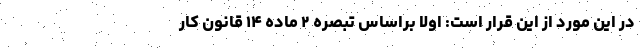
در این مورد از این قرار است: اولاً براساس تبصره ۲ ماده ۱۴ قانون کار